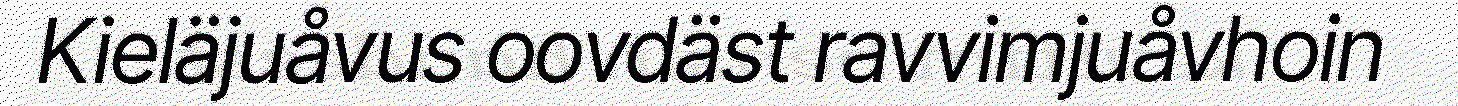
Kieläjuåvus oovdäst ravvimjuåvhoin